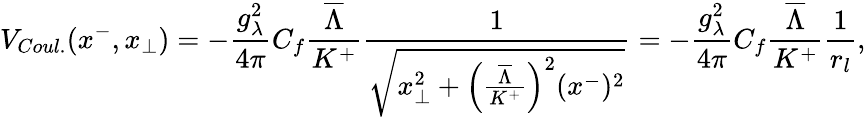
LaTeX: V_{Coul.}(x^{-},x_{\bot})=-{\frac{g_{\lambda}^{2}}{4\pi}}C_{f}{\frac{\overline{{{\Lambda}}}}{K^{+}}}{\frac{1}{\sqrt{x_{\bot}^{2}+\Big({\frac{\overline{{{\Lambda}}}}{K^{+}}}\Big)^{2}(x^{-})^{2}}}}=-{\frac{g_{\lambda}^{2}}{4\pi}}C_{f}{\frac{\overline{{{\Lambda}}}}{K^{+}}}{\frac{1}{r_{l}}},